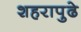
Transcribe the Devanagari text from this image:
शहरापुढे